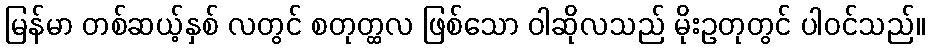
မြန်မာ တစ်ဆယ့်နှစ် လတွင် စတုတ္ထလ ဖြစ်သော ဝါဆိုလသည် မိုးဥတုတွင် ပါဝင်သည်။